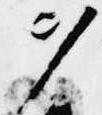
ヲ